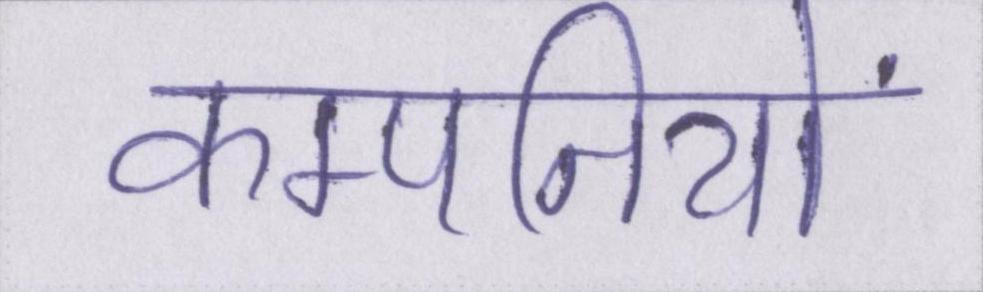
कम्पनियों